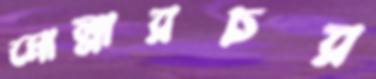
মোল্লারচর